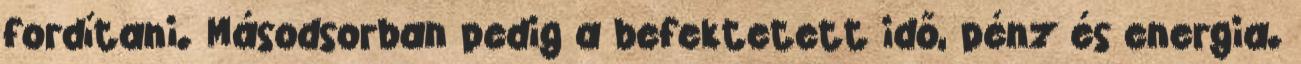
fordítani. Másodsorban pedig a befektetett idő, pénz és energia.